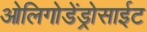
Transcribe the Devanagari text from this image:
ओलिगोडेंड्रोसाईट